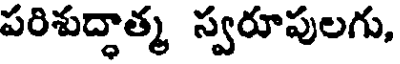
పరిశుద్ధాత్మ స్వరూపులగు,